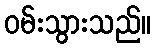
ဝမ်းသွားသည်။